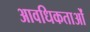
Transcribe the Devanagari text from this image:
आवधिकताओं